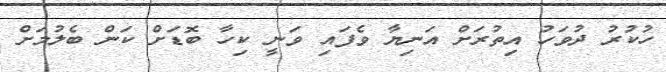
ހުކުރު ދުވަހު އިތުރަށް އަނިޔާ ވެފައި ވަނީ ކިހާ ބޮޑަށް ކަން ބެލުމަށް